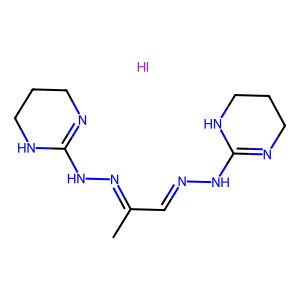
SMILES: CC(C=NNC1=NCCCN1)=NNC1=NCCCN1.I
Inhibits HIV replication: No